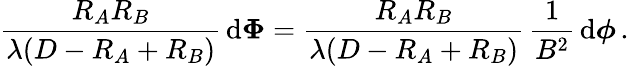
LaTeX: {\frac{R_{A}R_{B}}{\lambda(D-R_{A}+R_{B})}}\, \mathrm{d}\boldsymbol\Phi={\frac{R_{A}R_{B}}{\lambda(D-R_{A}+R_{B})}}\, {\frac{1}{B^{2}}}\, \mathrm{d}\boldsymbol\phi\, .